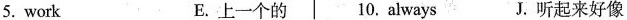
5.work E.上一个的 10.always J.听起来好像